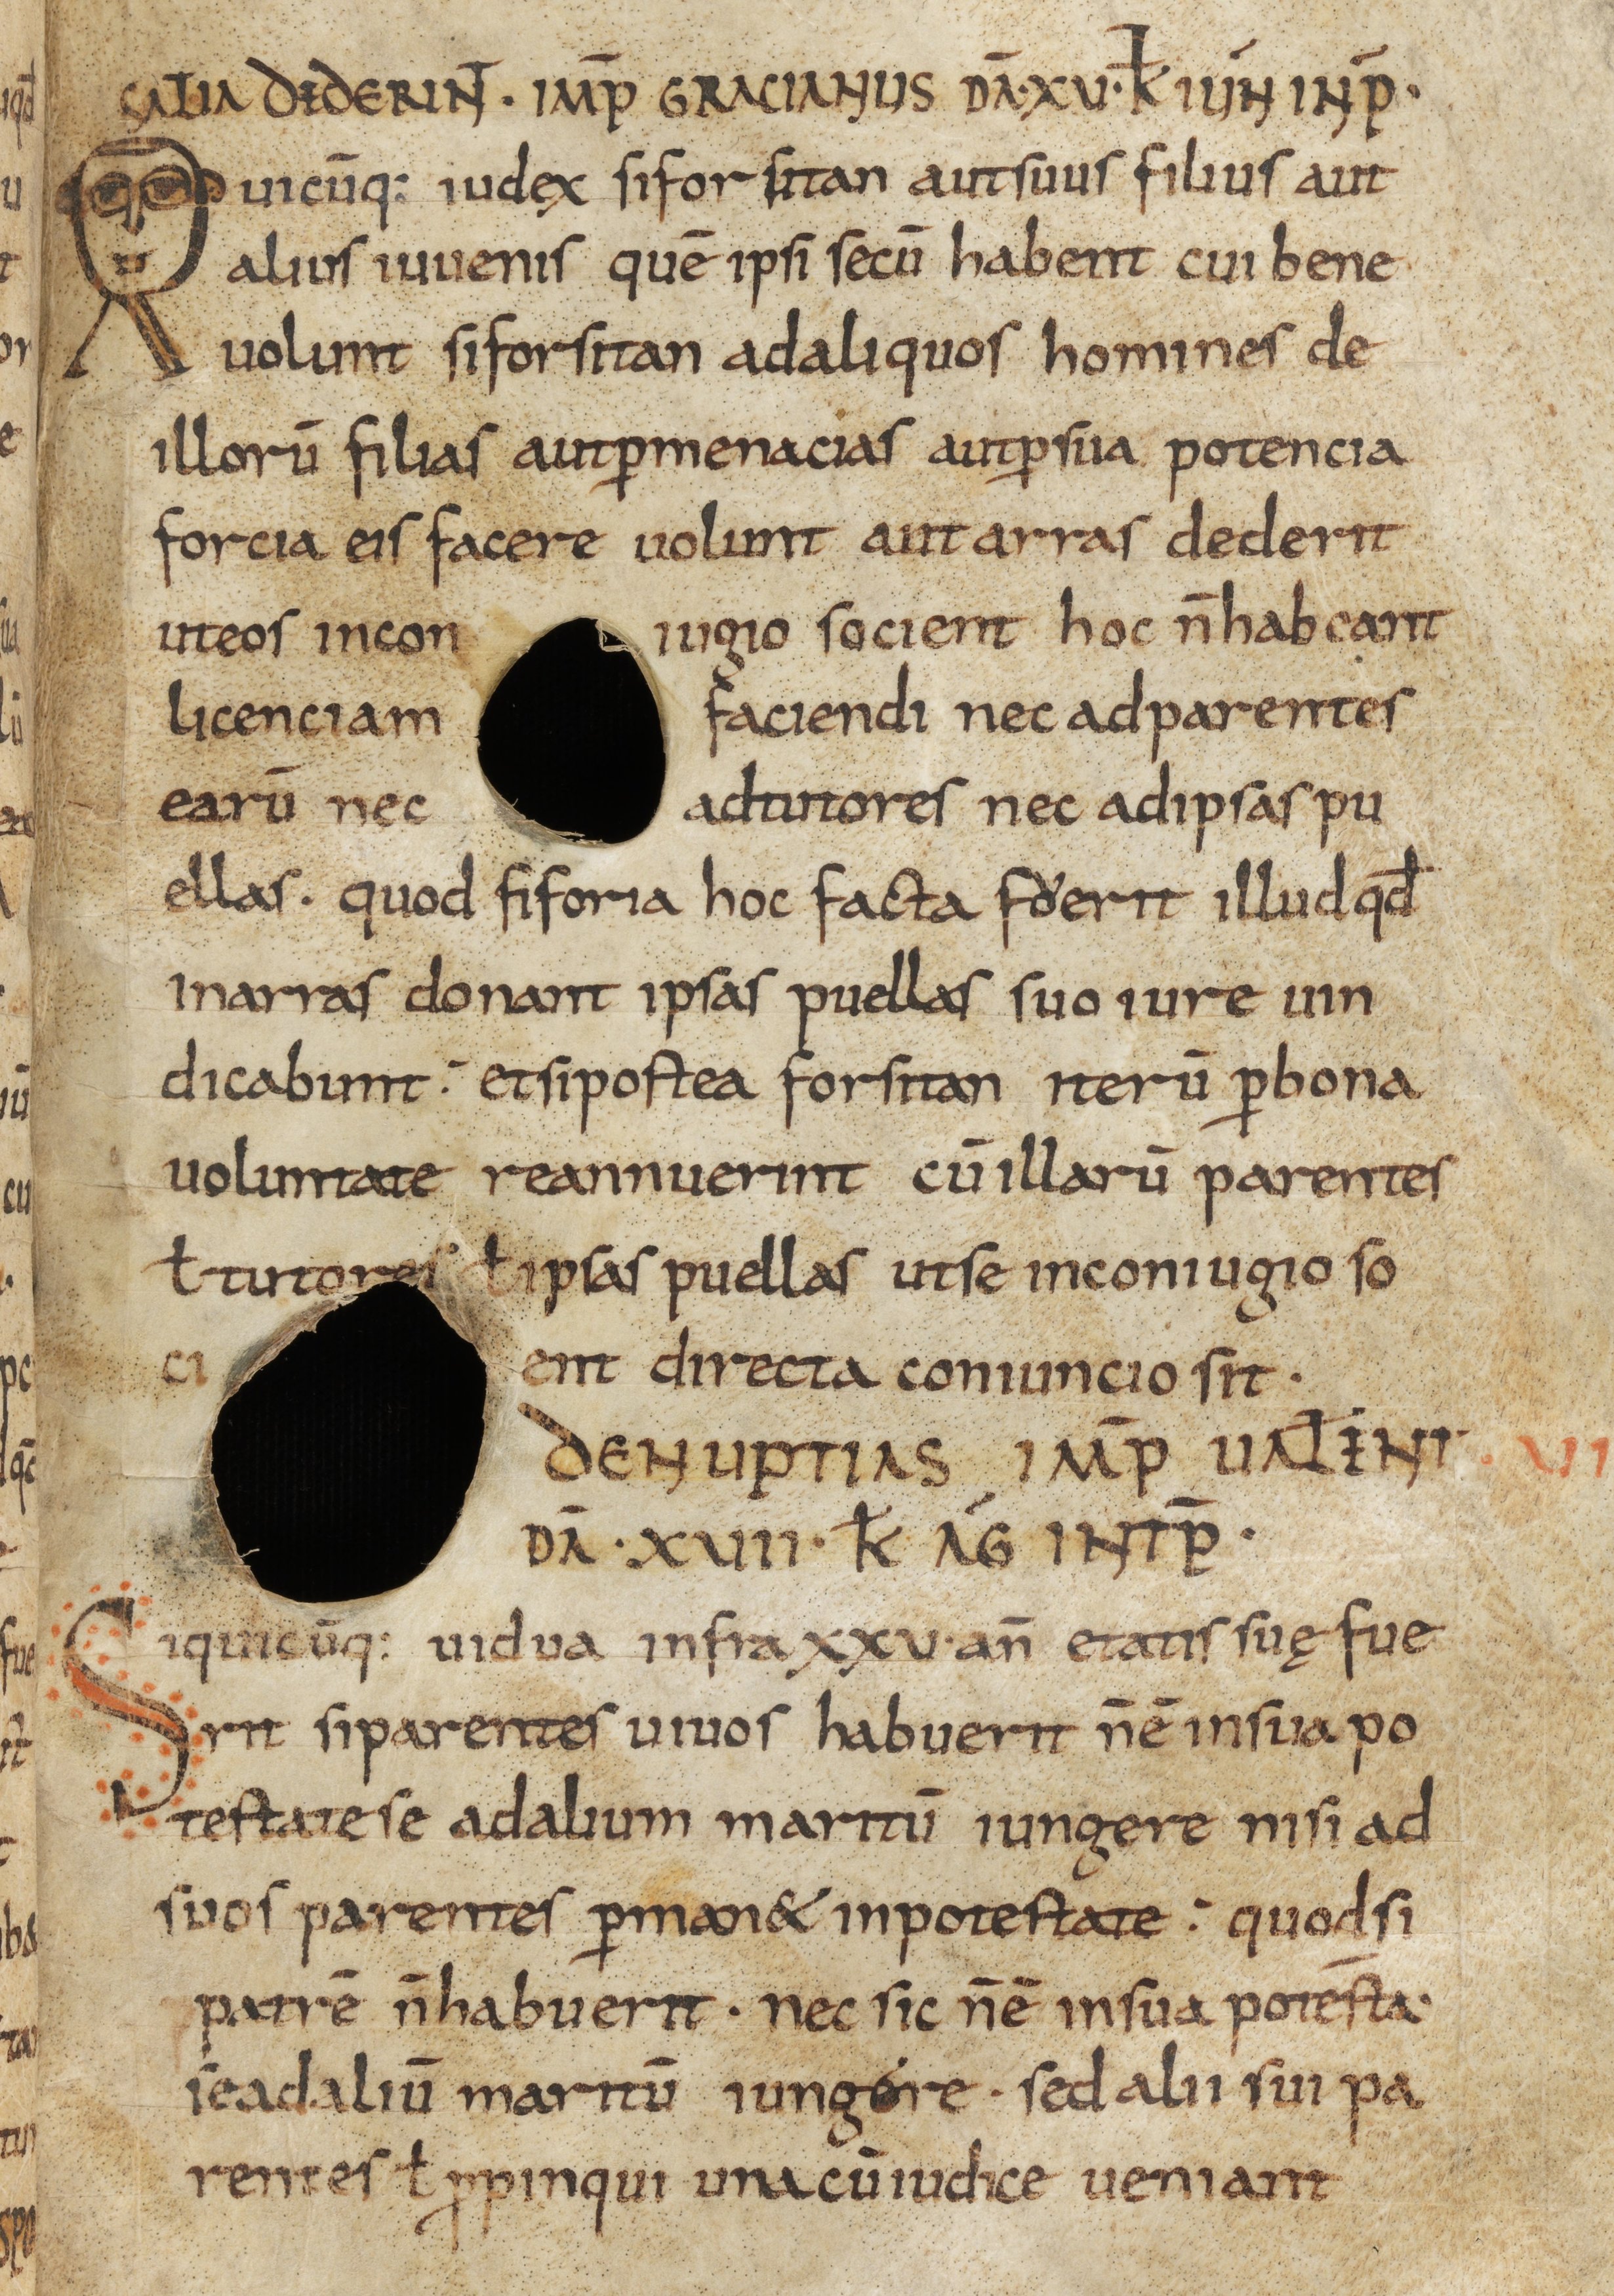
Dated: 800–865